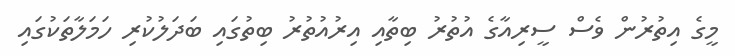
މީގެ އިތުރުން ވެސް ސީރިއާގެ އުތުރު ބިތާއި އިރުއުތުރު ބިތުގައި ބަދަލުކުރި ހަމަލާތަކުގައި